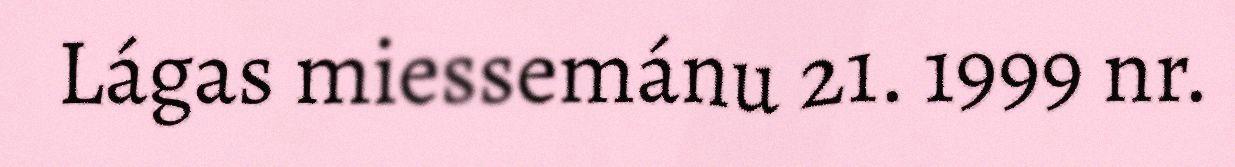
Lágas miessemánu 21. 1999 nr.